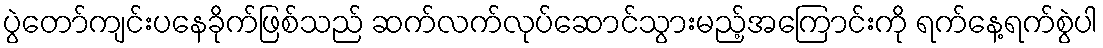
ပွဲတော်ကျင်းပနေခိုက်ဖြစ်သည် ဆက်လက်လုပ်ဆောင်သွားမည့်အကြောင်းကို ရက်နေ့ရက်စွဲပါ